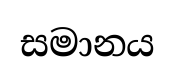
සමානය